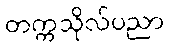
တက္ကသိုလ်ပညာ